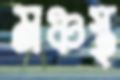
মঞ্চস্থ